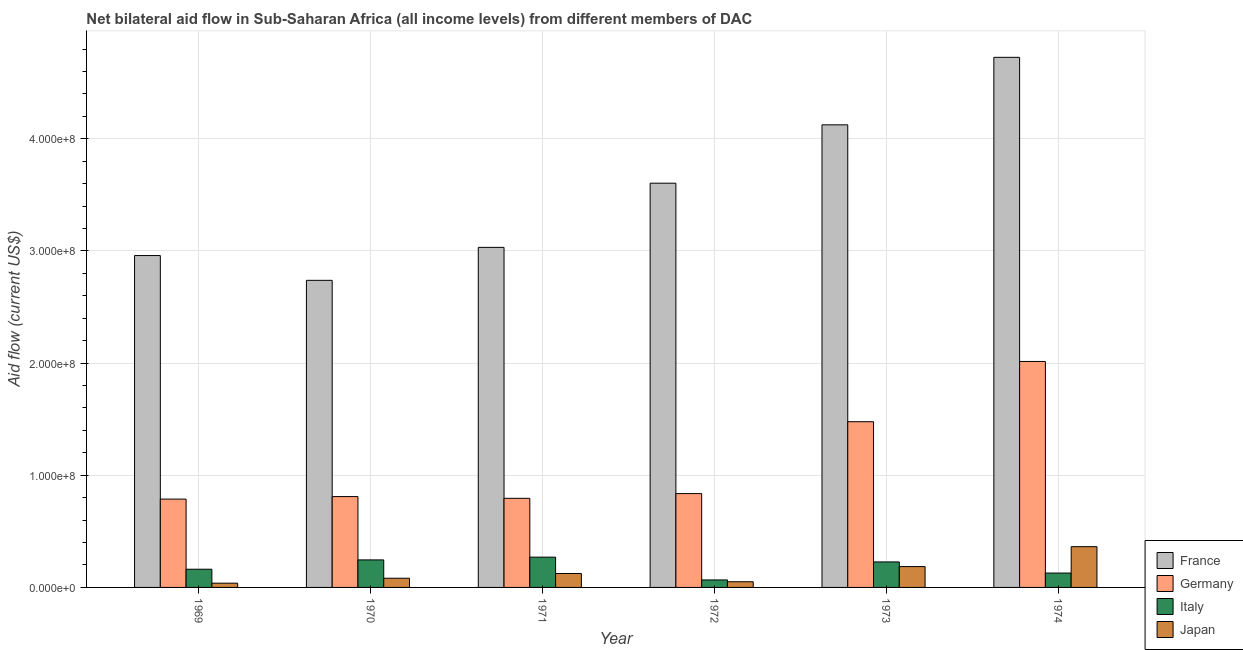
| Year | France | Germany | Italy | Japan |
 | --- | --- | --- | --- | --- |
 | 1969 | 2.96e+08 | 7.88e+07 | 1.62e+07 | 3.79e+06 |
 | 1970 | 2.74e+08 | 8.1e+07 | 2.45e+07 | 8.19e+06 |
 | 1971 | 3.03e+08 | 7.94e+07 | 2.7e+07 | 1.24e+07 |
 | 1972 | 3.6e+08 | 8.36e+07 | 6.67e+06 | 5.05e+06 |
 | 1973 | 4.12e+08 | 1.48e+08 | 2.27e+07 | 1.86e+07 |
 | 1974 | 4.73e+08 | 2.01e+08 | 1.28e+07 | 3.64e+07 |